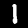
Label: 1